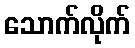
သောက်လိုက်